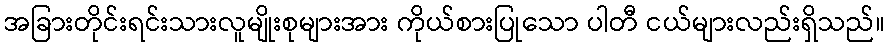
အခြားတိုင်းရင်းသားလူမျိုးစုများအား ကိုယ်စားပြုသော ပါတီ ငယ်များလည်းရှိသည်။